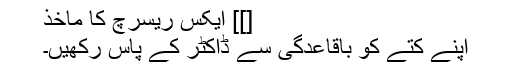
[]] ایکس ریسرچ کا ماخذ
اپنے کتے کو باقاعدگی سے ڈاکٹر کے پاس رکھیں۔